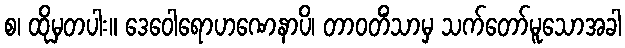
စ၊ ထိုမှတပါး။ ဒေဝေါရောဟဏေနာပိ၊ တာဝတိံသာမှ သက်တော်မူသောအခါ